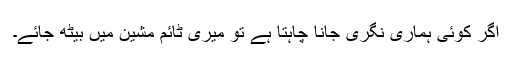
اگر کوئی ہماری نگری جانا چاہتا ہے تو میری ٹائم مشین میں بیٹھ جائے۔